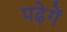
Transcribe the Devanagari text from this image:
पढ़ेगें